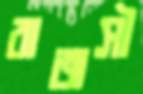
রাজসী